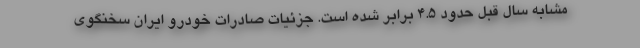
مشابه سال قبل حدود ۴.۵ برابر شده است. جزئیات صادرات خودرو ایران سخنگوی